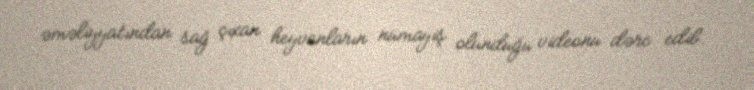
əməliyyatından sağ çıxan heyvanların nümayiş olunduğu videonu dərc edib.